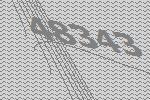
48343